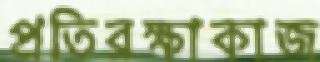
প্রতিরক্ষাকাজ